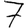
Digit: 7